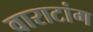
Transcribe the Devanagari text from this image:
वाराटांग